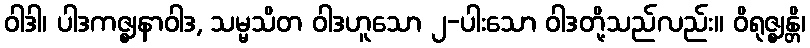
ဝါဒါ၊ ပါဒကဇ္ဈနာဝါဒ, သမ္မသိတ ဝါဒဟူသော ၂-ပါးသော ဝါဒတို့သည်လည်း။ ဝိရုဇ္ဈန္တိ၊